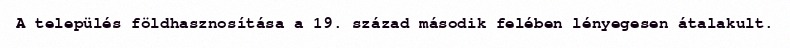
A település földhasznosítása a 19. század második felében lényegesen átalakult.